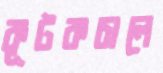
কূটকচালে